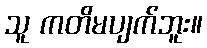
သူ ကတိမပျက်ဘူး။